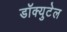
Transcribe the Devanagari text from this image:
डॉक्युटेल